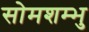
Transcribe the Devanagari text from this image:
सोमशम्भु